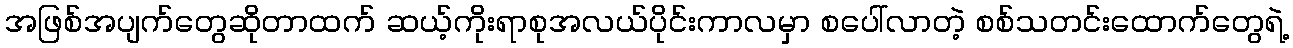
အဖြစ်အပျက်တွေဆိုတာထက် ဆယ့်ကိုးရာစုအလယ်ပိုင်းကာလမှာ စပေါ်လာတဲ့ စစ်သတင်းထောက်တွေရဲ့